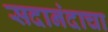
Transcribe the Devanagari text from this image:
सदानंदाचा